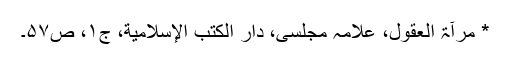
* مرآۃ العقول، علامہ مجلسی، دار الكتب الإسلاميّة، ج۱، ص۵۷۔